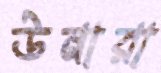
উনারা